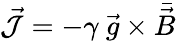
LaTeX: \vec{{\cal J}}=-\gamma\ \vec{g}\times\bar{\vec{B}}